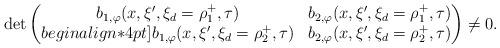
LaTeX: \begin{align*} \det \begin{pmatrix}b_{1,\varphi}(x,\xi',\xi_d=\rho^+_1,\tau) & b_{2,\varphi}(x,\xi',\xi_d=\rho^+_1,\tau) \\begin{align*}4pt]b_{1,\varphi}(x,\xi',\xi_d=\rho^+_2,\tau) & b_{2,\varphi}(x,\xi',\xi_d=\rho^+_2,\tau)\end{pmatrix}\neq 0.\end{align*}